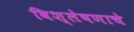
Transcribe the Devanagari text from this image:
विश्‍लेषणाचे